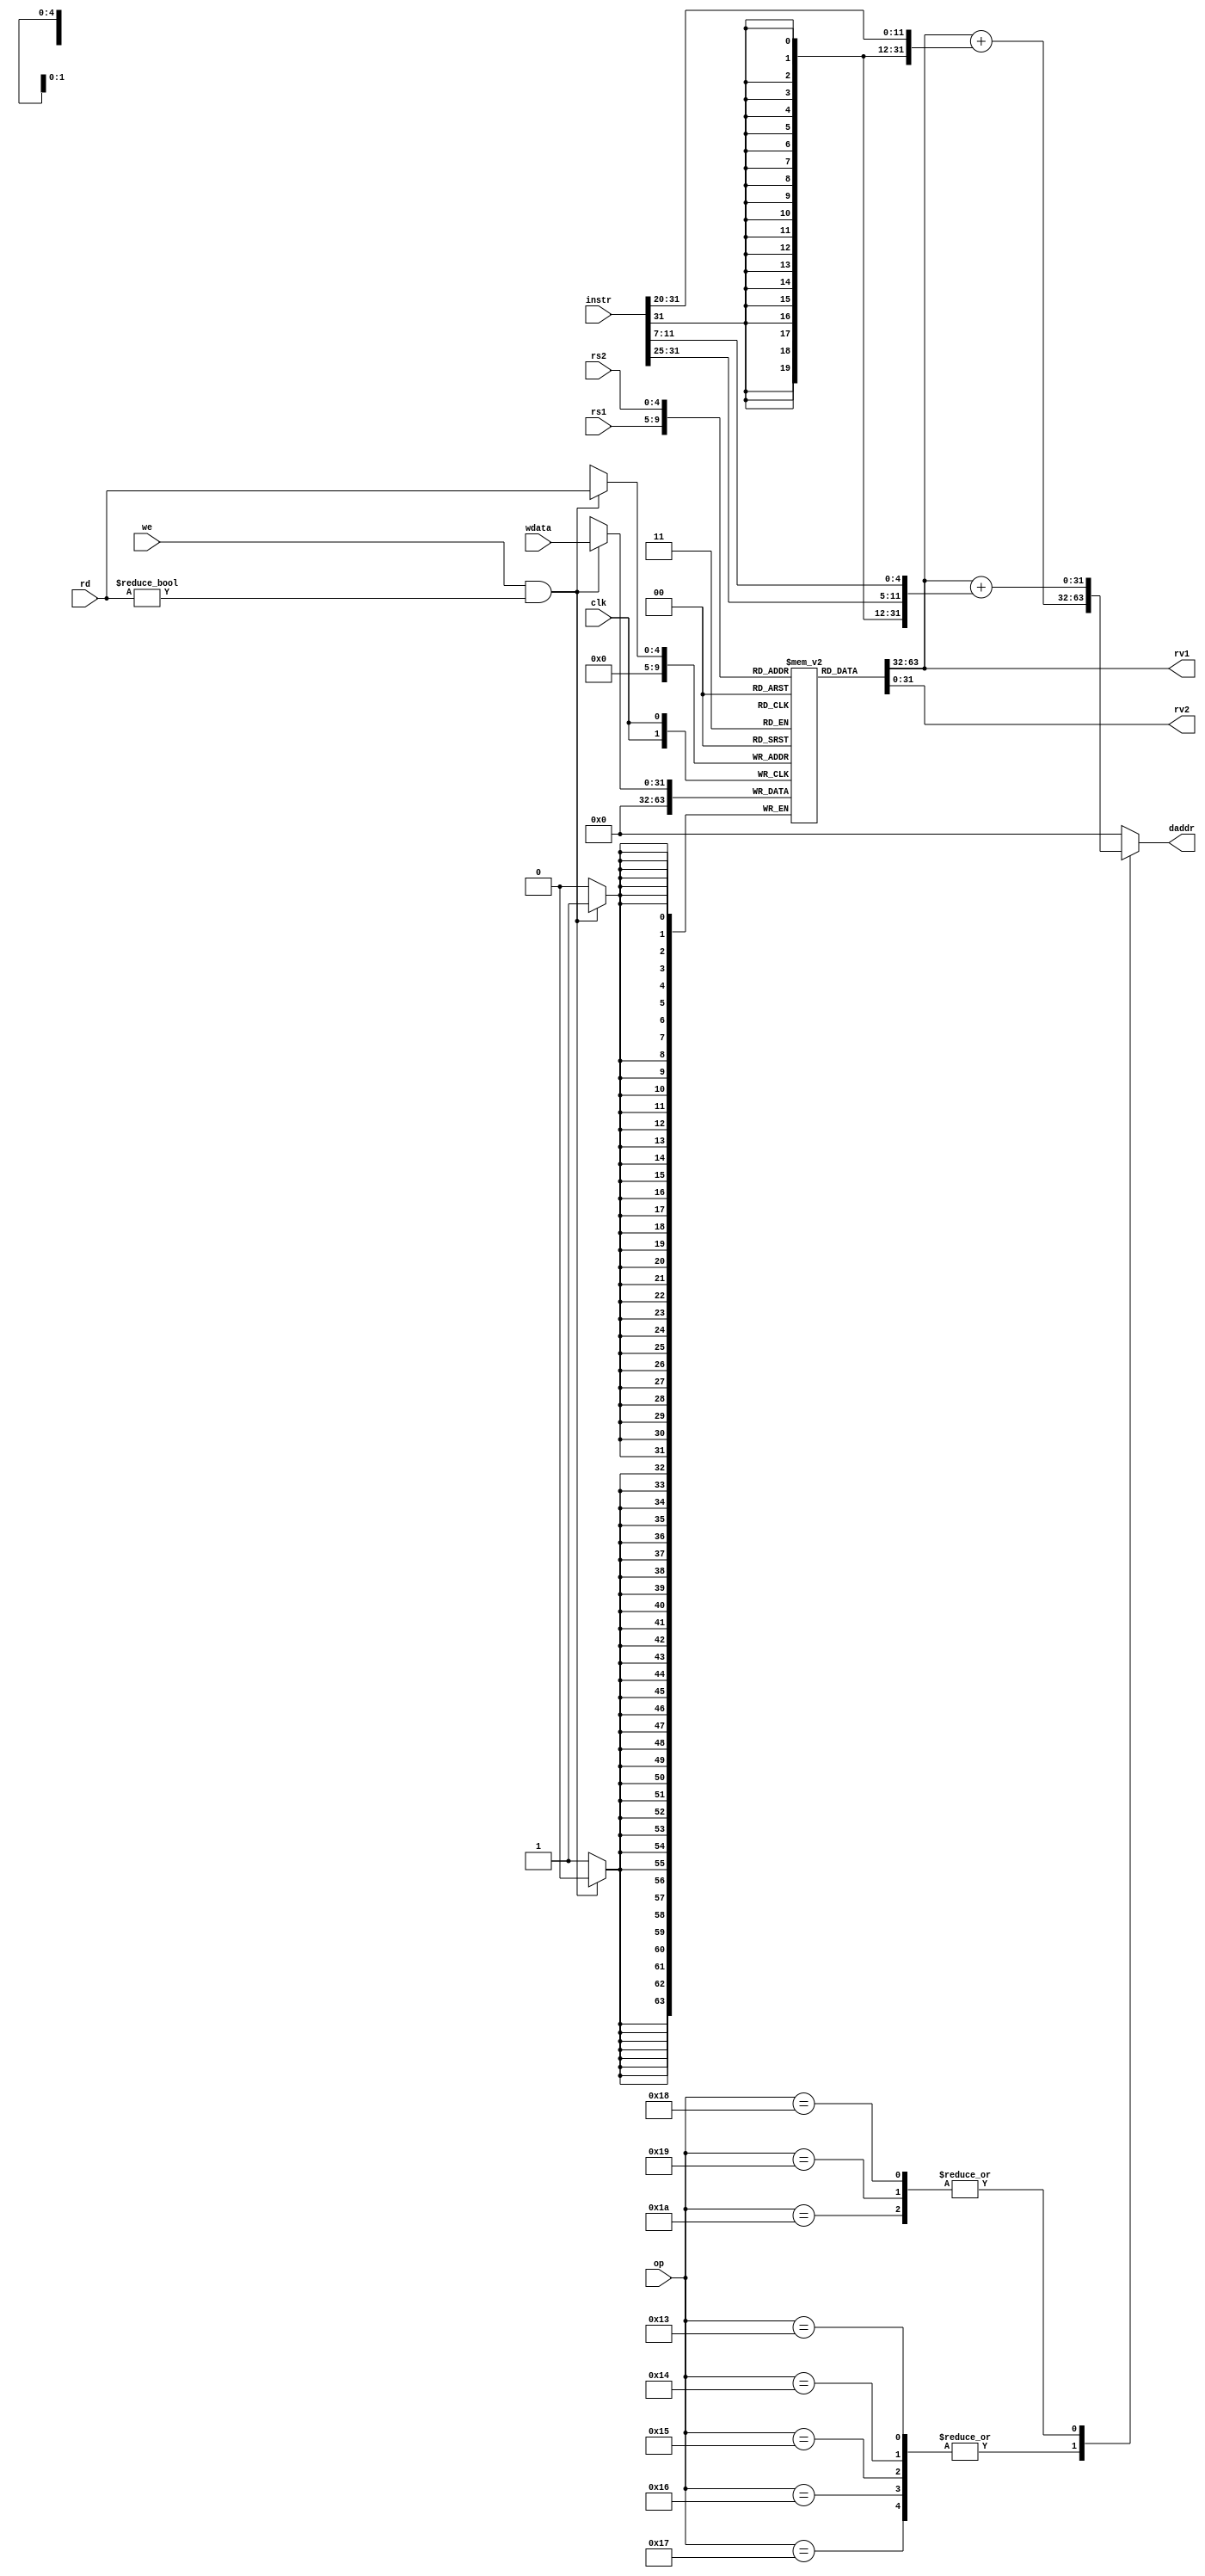
module regfile(
    input [4:0] rs1,     // address of first operand to read - 5 bits
    input [4:0] rs2,     // address of second operand
    input [4:0] rd,      // address of value to write
    input we,            // should write update occur
    input [31:0] wdata,  // value to be written
    output [31:0] rv1,   // First read value
    output [31:0] rv2,   // Second read value
    input clk,            // Clock signal - all changes at clock posedge
    input [5:0] op,
    input [31:0] instr,
    output reg [31:0] daddr
);
    // Desired function
    // rv1, rv2 are combinational outputs - they will update whenever rs1, rs2 change
    // on clock edge, if we=1, regfile entry for rd will be updated

        integer i;
    reg [31:0] memory [0:31];
    reg [31:0] rv1, rv2;
    
    initial begin  //initializing memory to be 0 
        for (i=0;i<32;i=i+1) begin
            memory[i] = 0;
            end
        end
    
    always @*
        //(rs1 or rs2 or instr or op) 
        begin
        rv1 = memory[rs1];
        rv2 = memory[rs2];
        case(op)
            19,20,21,22,
            23: daddr = rv1 + {{20{instr[31]}},instr[31:20]}; //sign extedning the immediate and adding to input
            24,25,
            26: daddr = rv1 + {{20{instr[31]}},instr[31:25],instr[11:7]};
            default : daddr = 0;
        endcase 
    end
    
    always @(posedge clk) begin
        if(we == 1 & rd!=0) begin //first register should always be 0
            memory[rd] <= wdata;
        end
        else begin
            memory[0] <= 0;
        end
          
    end
endmodule